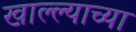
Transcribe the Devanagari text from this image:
खाल्ल्याच्या